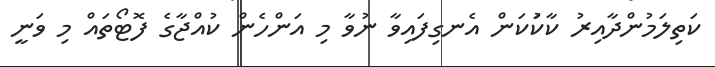
ކަތިލަމުންދާއިރު ކާކުަކަން އެނގިފައިވާ ނުވާ މި އަންހެން ކުއްޖާގެ ފޮޓޯތައް މި ވަނީ